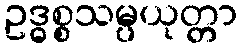
ဥဒ္ဓစ္စသမ္ပယုတ္တာ